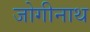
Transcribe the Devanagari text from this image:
जोगीनाथ